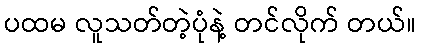
ပထမ လူသတ်တဲ့ပုံနဲ့ တင်လိုက် တယ်။